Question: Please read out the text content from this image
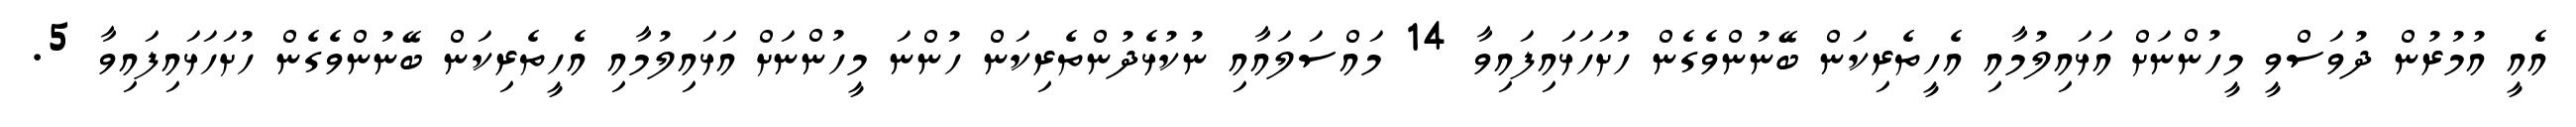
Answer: އެއީ އުމުރުން ދުވަސްވީ މީހުންނަށް އަޅައިލުމާއި އެހީތެރިކަން ބޭނުންވެގެން ހުށަހަޅައިފައިވާ 14 މައްސަލައާއި ނުކުޅެދުންތެރިކަން ހުންނަ މީހުންނަށް އަޅައިލުމާއި އެހީތެރިކަން ބޭނުންވެގެން ހުށަހަޅައިފައިވާ 5.